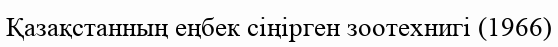
Қазақстанның еңбек сіңірген зоотехнигі (1966)